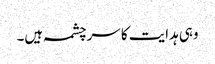
وہی ہدایت کا سرچشمہ ہیں۔